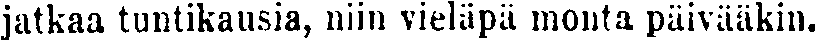
jatkaa tuntikausia, niin vieläpä monta päivääkin.